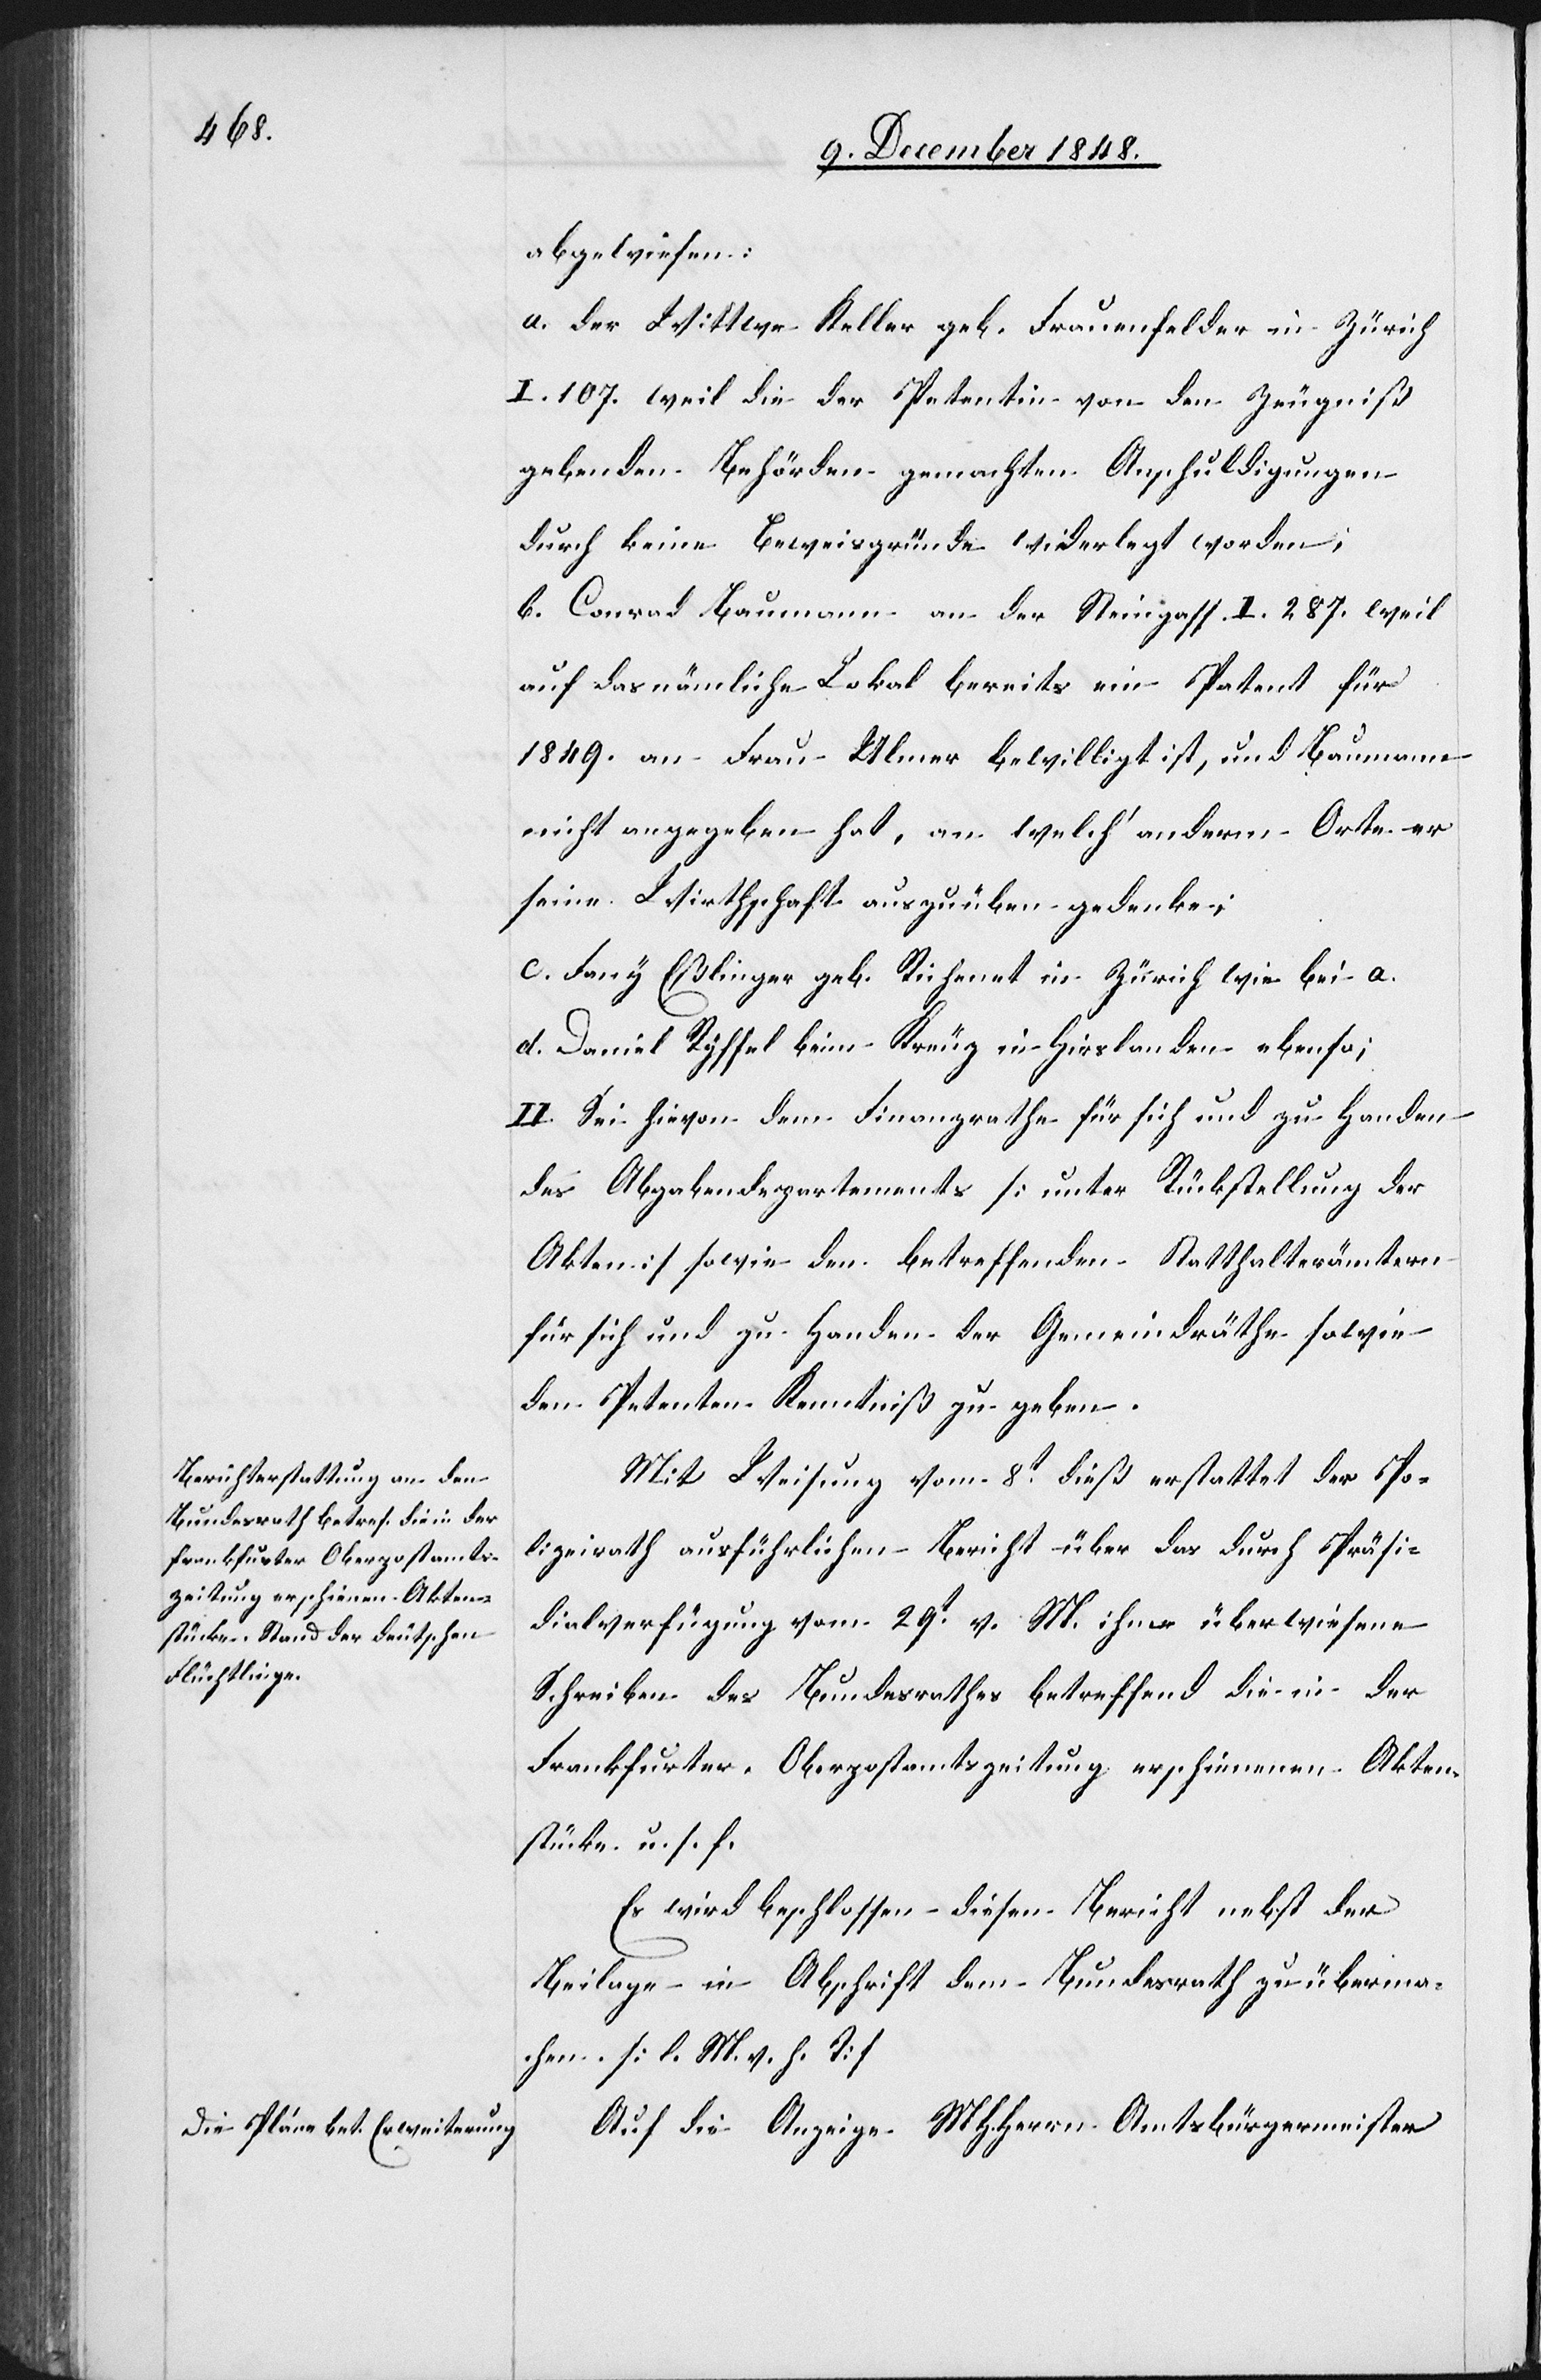
abgewiesen:
a. der Wittwe Keller geb. Frauenfelder in Zürich
I. 107. weil die der Petentin von den Zeugniß
gebenden Behörden gemachten Anschuldigungen
durch keine Beweisgründe widerlegt worden;
b. Conrad Baumann an der Steingass I. 287. weil
auf das nämliche Lokal bereits ein Patent für
1849. an Frau Ulmer bewilligt ist, und Baumann
nicht angegeben hat, an welch’ anderm Orte er
seine Wirthschaft auszuüben gedenke.
c. Fany Eßlinger geb. Richenet in Zürich wie bei a.
d. Daniel Ryffel beim Kreuz in Hirslanden ebenso;
III.] Sei hievon dem Finanzrathe für sich und zu Handen
des Abgabendepartements [unter Rückstellung der
Akten] sowie den betreffenden Statthalterämtern
für sich und zu Handen der Gemeindräthe sowie
den Petenten Kenntniß zu geben.
Mit Weisung vom 8t dieß erstattet der Po¬
lizeirath ausführlichen Bericht über das durch Präsi¬
dialverfügung vom 29t v. M. ihm überwiesene
Schreiben des Bundesrathes betreffend die in der
Frankfurter Oberpostamtszeitung erschienenen Akten¬
stücke u. s. f.
Es wird beschlossen diesen Bericht nebst der
Beilage in Abschrift dem Bundesrath zu überma¬
chen. [l. M. v. h. T]
Auf die Anzeige MHHerrn Amtsbürgermeister